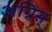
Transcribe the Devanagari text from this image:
अग्निस्